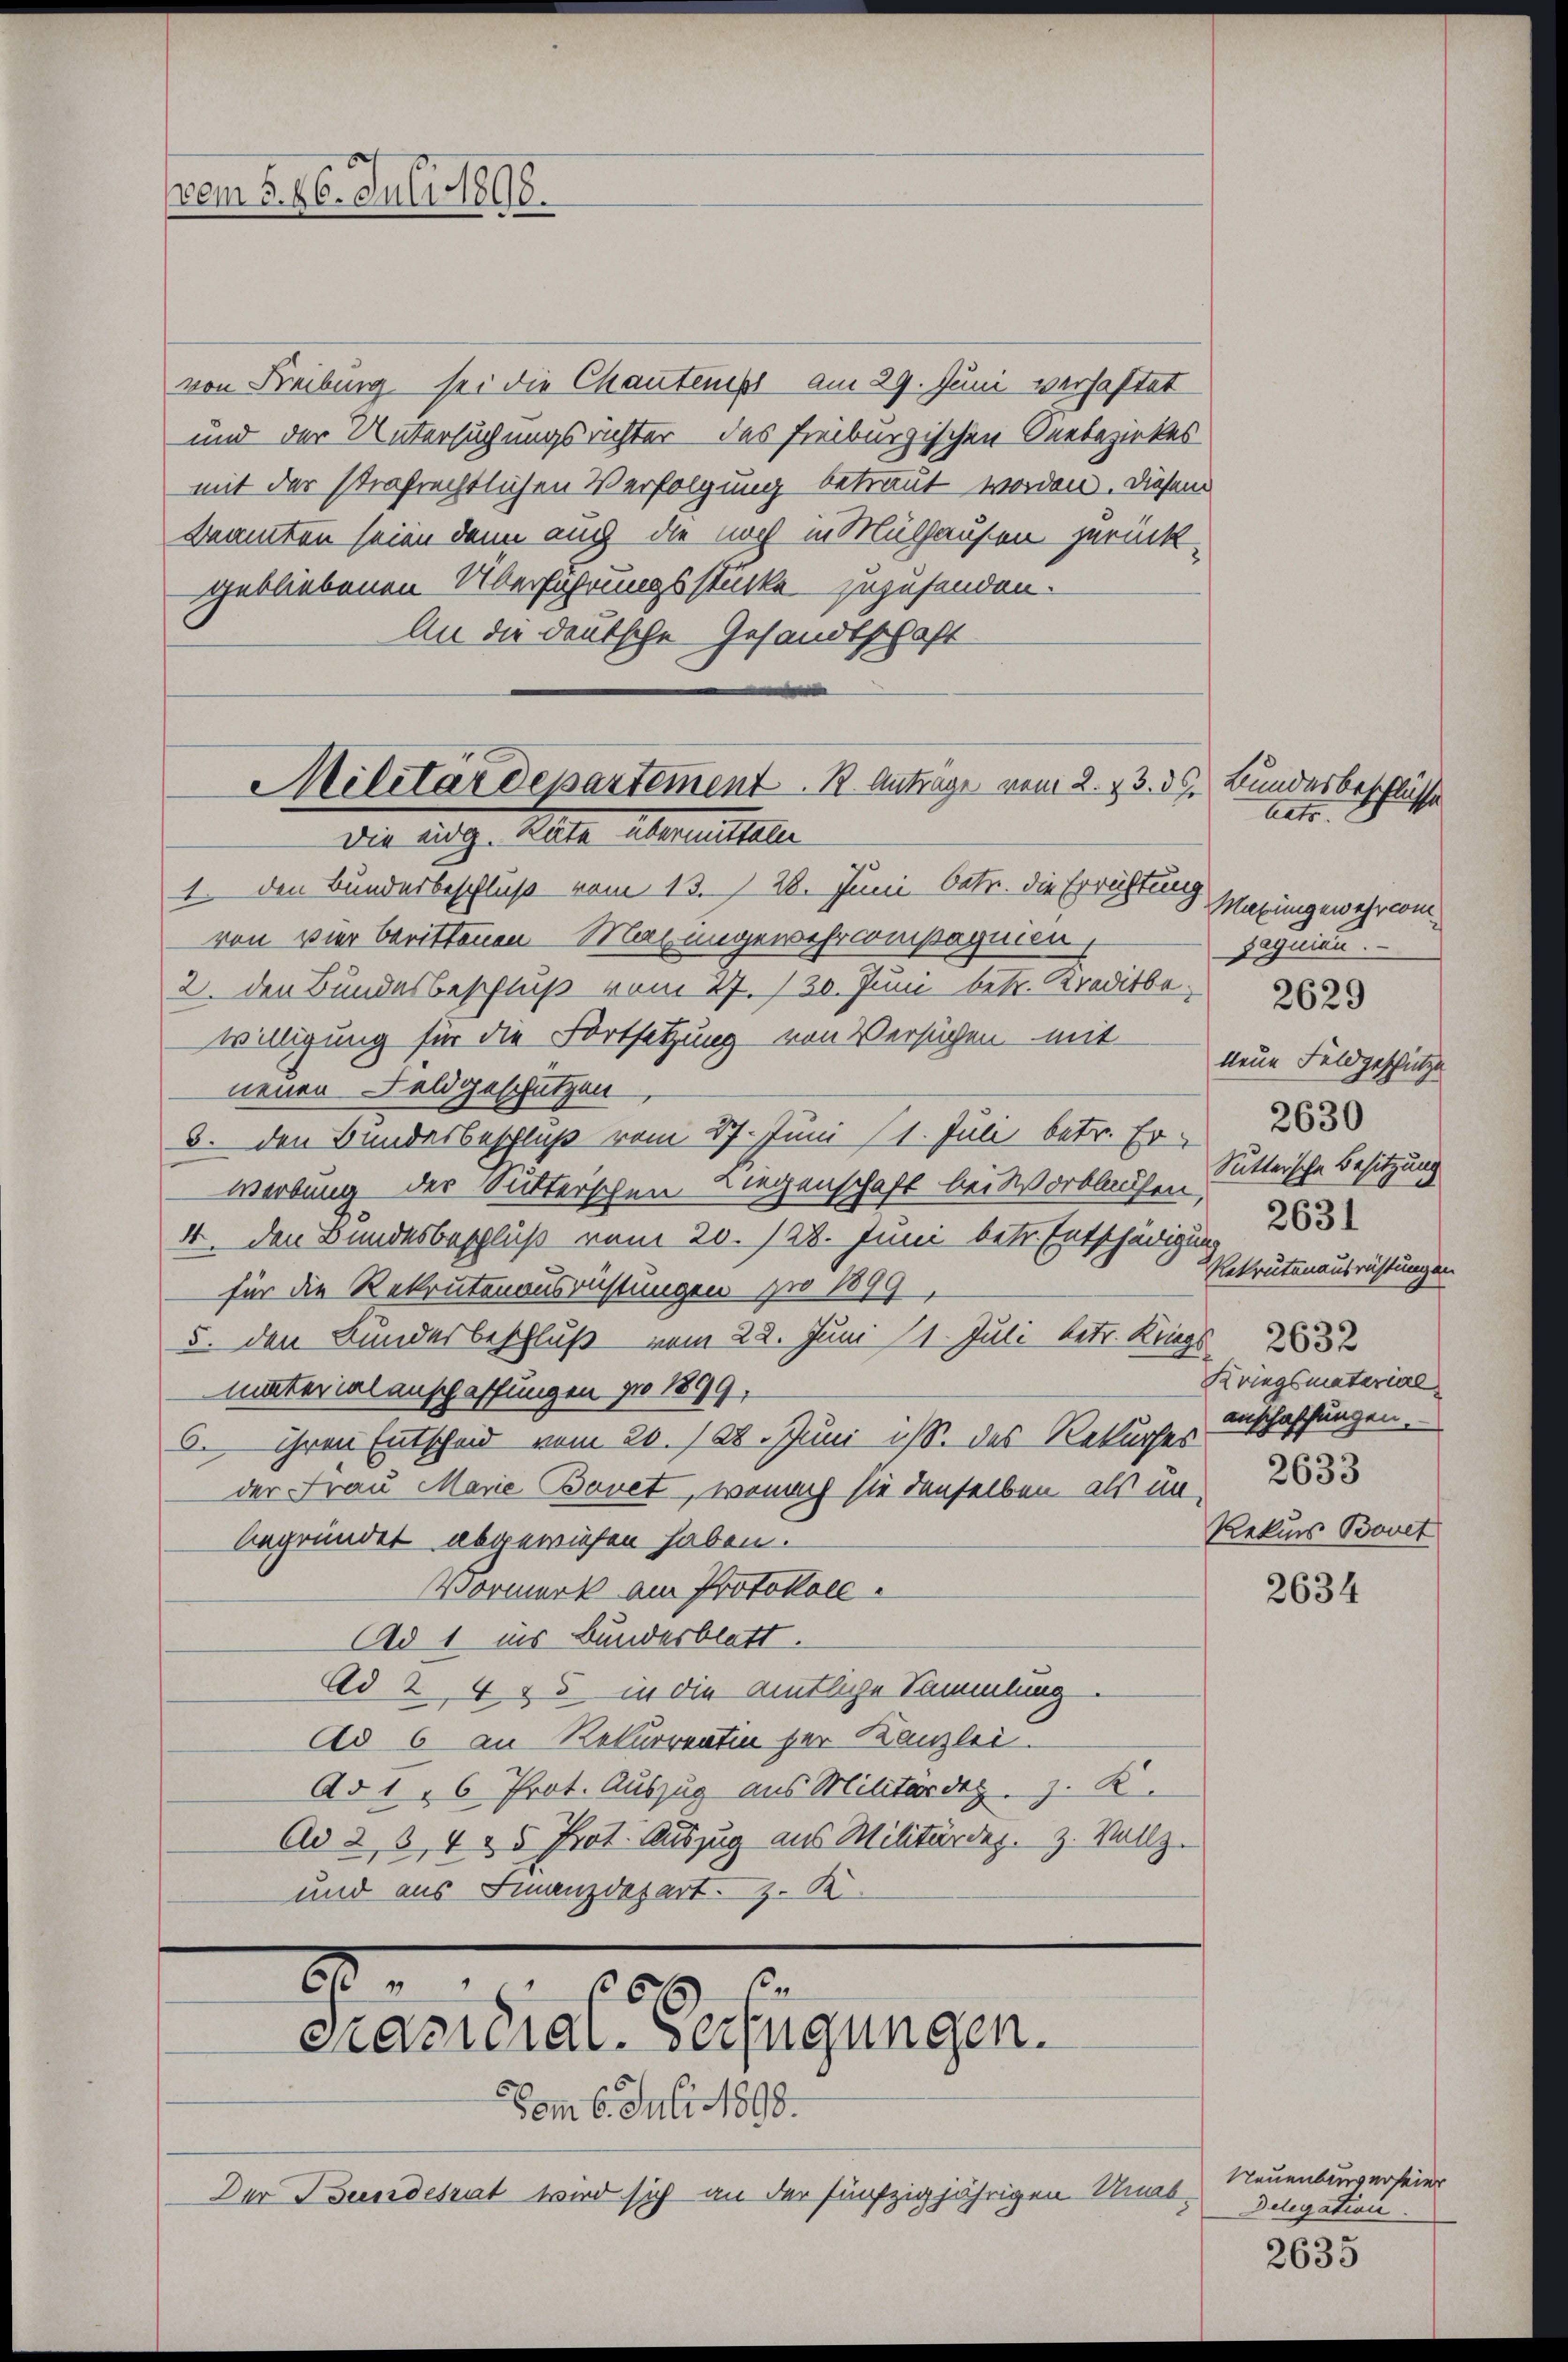
vem §. 26. Juli 1898.

von Freiburg sei die Chantens am 29. Juni verhaftet
und der Untersuchungsrichter des Freiburgischen Seebezirkes
mit der strafrechtlichen Verfolgung betraut worden. Diesem
beamten seien dann auch die noch in Mülhausen zurückgebliebenen Überfahrungsstücke zuzusenden.
An die deutsche Gesandtschaft

Militärdepartement. R. Antrage vom 2. 43. 36, Bundesbeschlüsse
Die eidg. Räte übermitteln

1. den Bundesbeschluß vom 13. 28. Juni betr. die Errichtung
von vier berittenen Maiengewehr compagnien
2. den Bundesbeschluß vom 27. 130. Juni betr. Kreditbewilligung für die Fortsetzung von Versuchen mit neue Feldgeschütze
neuen Feldgeschützen
8. den Bundesbeschluß vom 27. Juni (1. Juli betr. Er - 1883
werbung der Sitterschen Liegenschaft bei Vorblaufen Sittersche Besitzung
4. den Bundesbeschluß vom 20. 128. Juni betr. Entschädigung
für die Rekrutenausrüstungen pro 1899,
5. den Bundesbeschluß vom 22. Juni 11. Juli betr. Kriegs 1832
materialanschaffungen pro 1899.
6. ihren Entscheid vom 20. 728. Juni ist. Das Rekurses
der Frau Marie Bovet, wonach sie denselben als in
begründet abgewiesen haben.
Vormerk am Protokoll.
Ad 1 ins Bundesblatt.
Ad 2, 4 & 5 in die amtliche Sammlung.
Ad 6 an Rekurrentin der Kanzlei.
Ad 16 Prot. Auszug aus Militärdig, z. B.
Ad 2, 3, 4 & 5 Prot. Auszug aus Militärdep. z. Vollzu
und aus Finanzdepart z. K

8
6 x
Präsidial-Verfügungen.

om 6. Juli 1898.
Der Bundesrat wird sich an der fünfzigjährigen Unab-

Aato.
Mabungewehr comsagnien.
2629
Rekrutenausrüstungen
Kriegsmaterial
anschaffungen.
2633
Rekurs Bovet

2634

Neuenburgerfeier
Delegation

2635